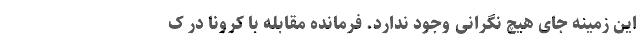
این زمینه جای هیچ نگرانی وجود ندارد. فرمانده مقابله با کرونا در ک